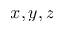
x , y , z